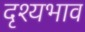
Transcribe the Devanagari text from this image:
दृश्यभाव